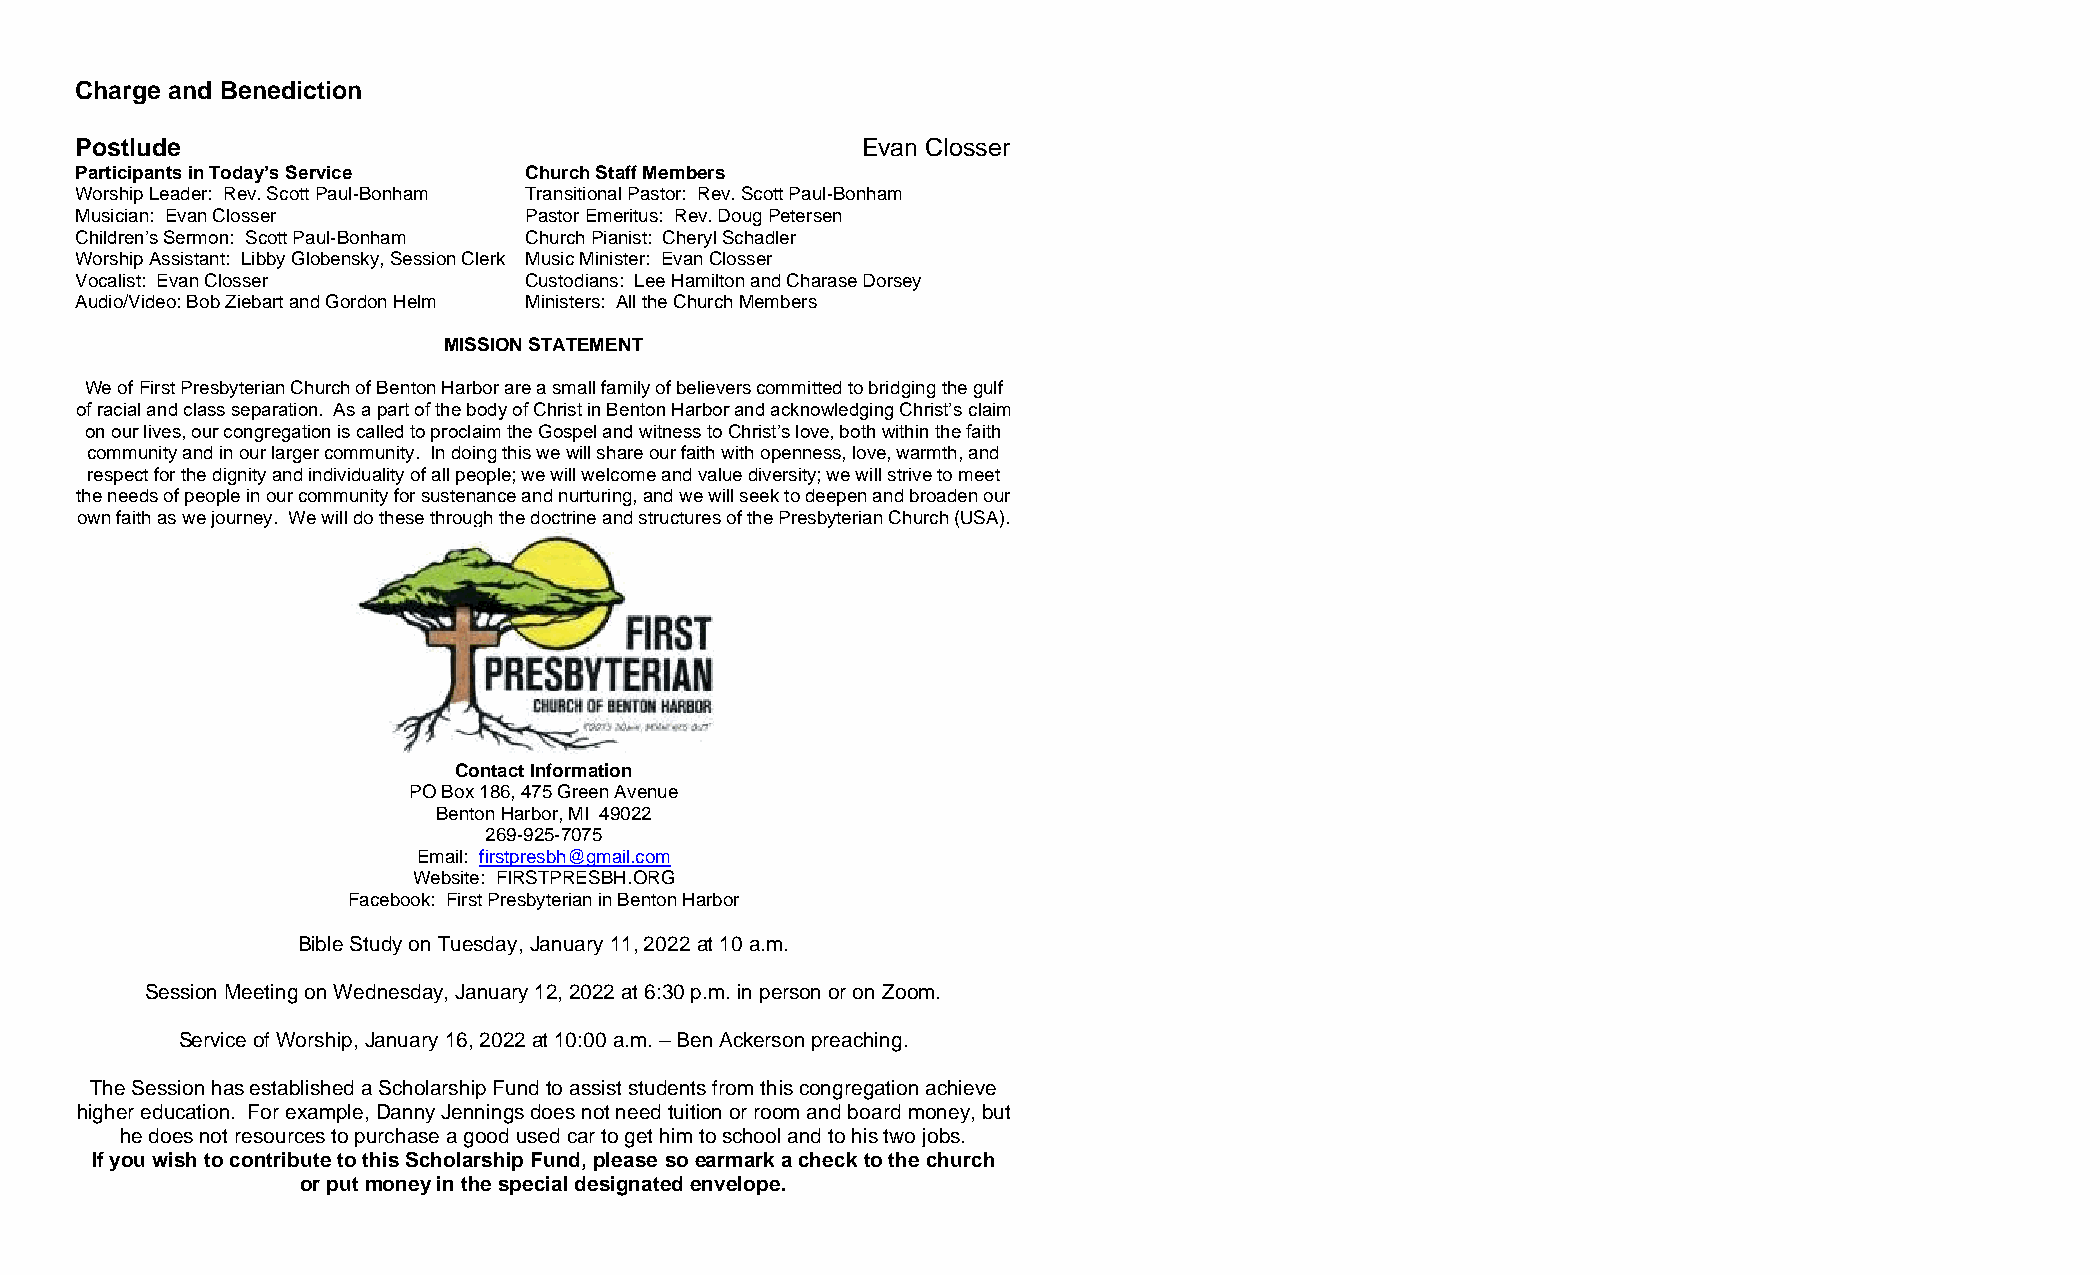
Charge and Benediction
 Postlude                                            Evan Closser
 Participants in Today’s Service Church Staff Members
 Worship Leader: Rev. Scott Paul-Bonham Transitional Pastor: Rev. Scott Paul-Bonham
 Musician: Evan Closser        Pastor Emeritus: Rev. Doug Petersen
 Children’s Sermon: Scott Paul-Bonham Church Pianist: Cheryl Schadler
 Worship Assistant: Libby Globensky, Session Clerk Music Minister: Evan Closser
 Vocalist: Evan Closser        Custodians: Lee Hamilton and Charase Dorsey
 Audio/Video: Bob Ziebart and Gordon Helm Ministers: All the Church Members
 MISSION STATEMENT
 We of First Presbyterian Church of Benton Harbor are a small family of believers committed to bridging the gulf
 of racial and class separation. As a part of the body of Christ in Benton Harbor and acknowledging Christ’s claim
 on our lives, our congregation is called to proclaim the Gospel and witness to Christ’s love, both within the faith
 community and in our larger community. In doing this we will share our faith with openness, love, warmth, and
 respect for the dignity and individuality of all people; we will welcome and value diversity; we will strive to meet
 the needs of people in our community for sustenance and nurturing, and we will seek to deepen and broaden our
 own faith as we journey. We will do these through the doctrine and structures of the Presbyterian Church (USA).
 Contact Information
 PO Box 186, 475 Green Avenue
 Benton Harbor, MI 49022
 269-925-7075
 Email: firstpresbh@gmail.com
 Website: FIRSTPRESBH.ORG
 Facebook: First Presbyterian in Benton Harbor
 Bible Study on Tuesday, January 11, 2022 at 10 a.m.
 Session Meeting on Wednesday, January 12, 2022 at 6:30 p.m. in person or on Zoom.
 Service of Worship, January 16, 2022 at 10:00 a.m. – Ben Ackerson preaching.
 The Session has established a Scholarship Fund to assist students from this congregation achieve
 higher education. For example, Danny Jennings does not need tuition or room and board money, but
 he does not resources to purchase a good used car to get him to school and to his two jobs.
 If you wish to contribute to this Scholarship Fund, please so earmark a check to the church
 or put money in the special designated envelope.